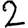
Digit: 2